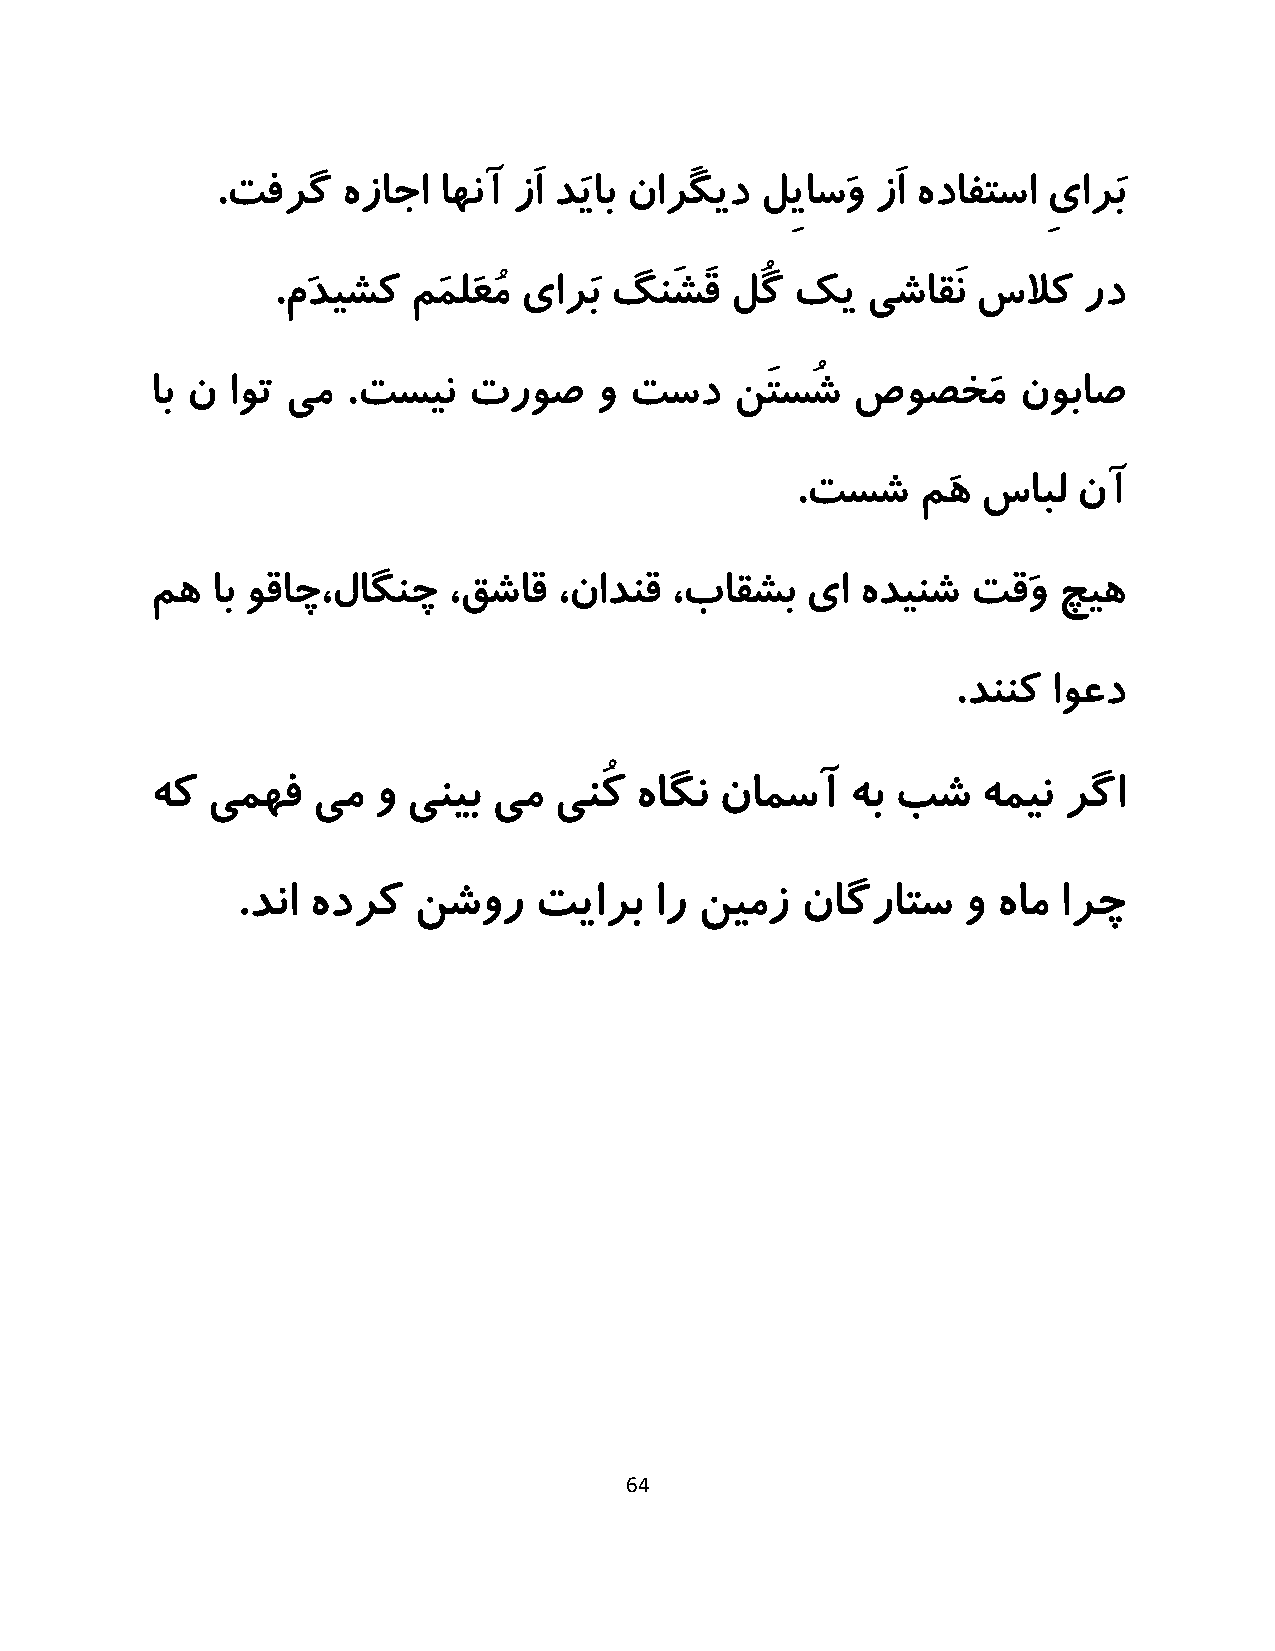
.تفرگ    هزاجا اهنآ زَا دَیاب نارَگید لِیاسَو زَا هدافتسا ِیارَب
 .مَدیشک  مَملَعُم یارَب گنَشَق لُگ کی  یشاقَن  سلاک   رد
 اب ن اوت یم  .تسین   تروص    و  تسد    نَتسُش  صوصخَم    نوباص
 .تسش    مَه سابل  نآ
 مه  اب وقاچ،لاگنچ   ،قشاق  ،نادنق ،باقشب   یا  هدینش  تقَو  چیه
 .دننک  اوعد
 هک  یمهف   یم  و ینیب  یم  ینُک هاگن  نامسآ   هب بش    همین رگا
 .دنا هدرک  نشور    تیارب   ار نیمز   ناگراتس    و هام ارچ
 64